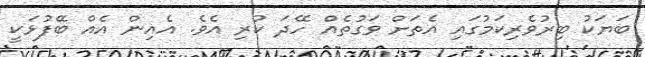
ބަޔަކު ބިރުވެރިކަމުގައި އެތަށް ވަގުތެއް ހޭދަ ކުރި އެވެ. އެއިން އެއް ބޭފުޅަކީ